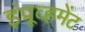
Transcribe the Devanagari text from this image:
इंप्रूव्हमेंट